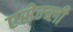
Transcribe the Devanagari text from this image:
एसेम्ब्ली